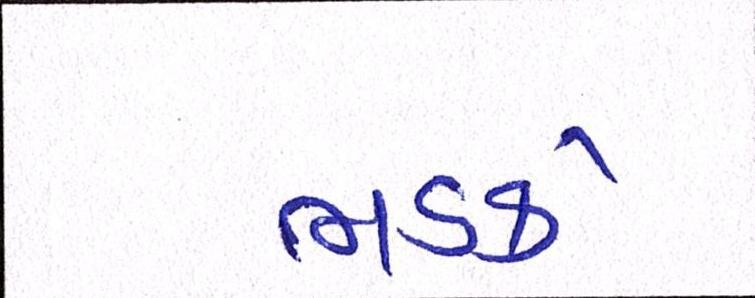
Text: ભડકે